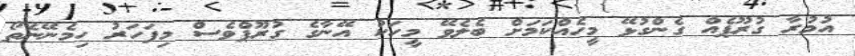
އުމުރާ ގުރޫޕެއް ގެންގުޅޭ މީހެއްކަމަށް ބެލެވޭ މީހަކު އޭނާގެ ގުރޫޕްވެސް މިފަހަރު ހިމެނޭނެތޯ